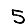
Digit: 5